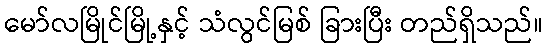
မော်လမြိုင်မြို့နှင့် သံလွင်မြစ် ခြားပြီး တည်ရှိသည်။